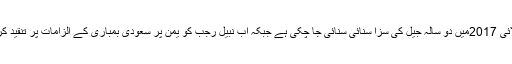
یاد رہے کہ نبیل رجب کو حکومتی بے بنیاد الزامات میں جولائی 2017میں دو سالہ جیل کی سزا سنائی سنائی جا چکی ہے جبکہ اب نبیل رجب کو یمن پر سعودی بمباری کے الزامات پر تنقید کرنے والے ٹویٹس پر 15 سال اضافی قید کی سزا کا سامنا ہے۔